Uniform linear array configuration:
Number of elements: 48
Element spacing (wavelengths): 0.25
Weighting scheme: hamming
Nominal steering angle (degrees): -45
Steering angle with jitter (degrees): -45.549
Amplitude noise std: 0.05
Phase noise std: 0.05

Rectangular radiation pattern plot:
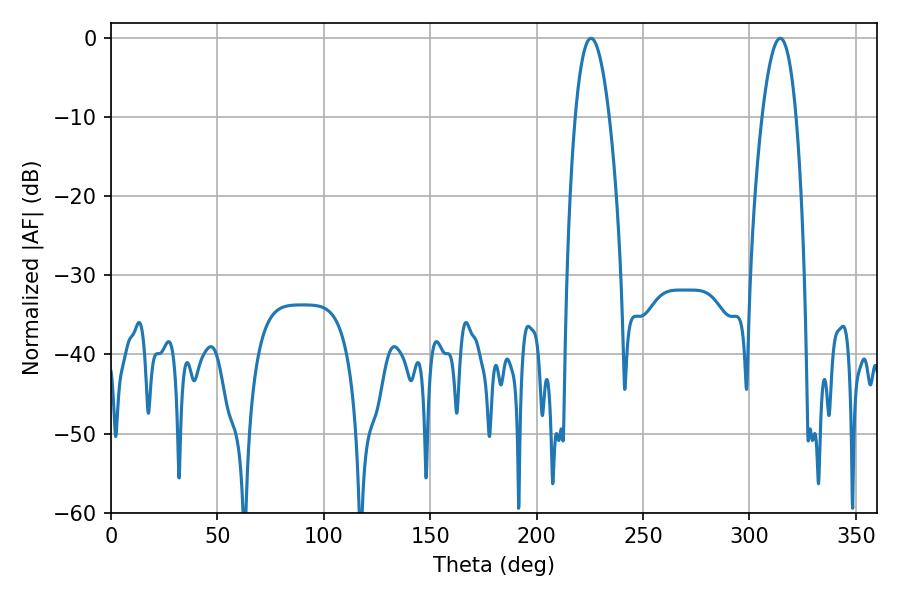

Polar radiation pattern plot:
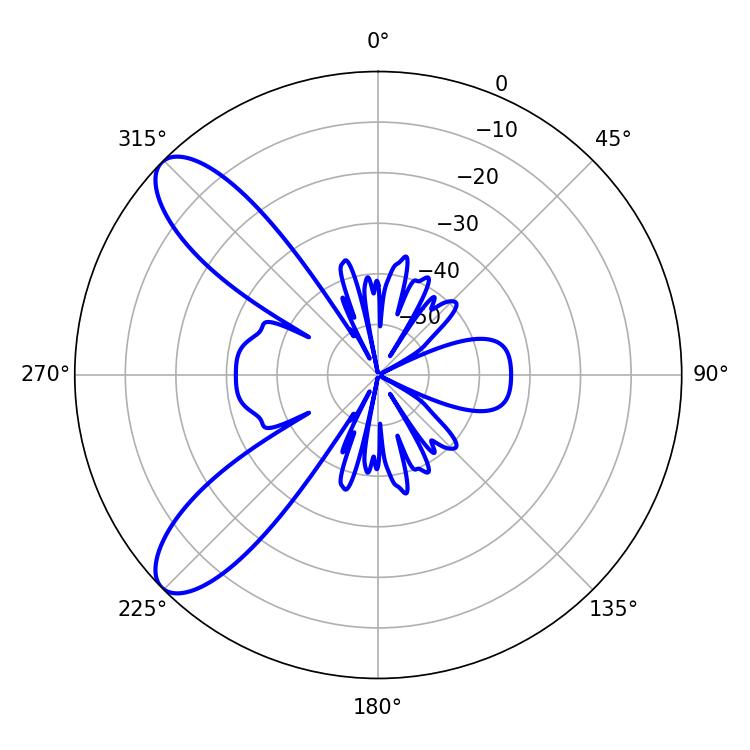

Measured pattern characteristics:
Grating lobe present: FALSE
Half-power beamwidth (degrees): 8.82
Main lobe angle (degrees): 225.54